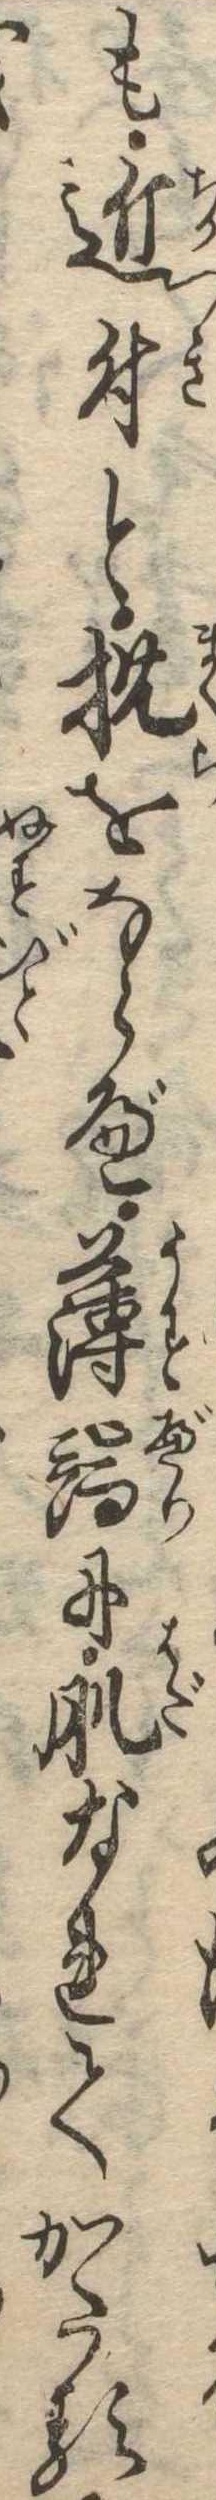
も近付と枕をならべ薄端に肌なれてかたる